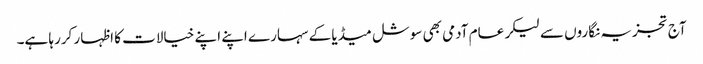
آج تجزیہ نگاروں سے لیکر عام آدمی بھی سوشل میڈیا کے سہارے اپنے اپنے خیالات کا اظہار کررہا ہے۔